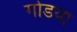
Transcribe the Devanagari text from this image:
गोडया